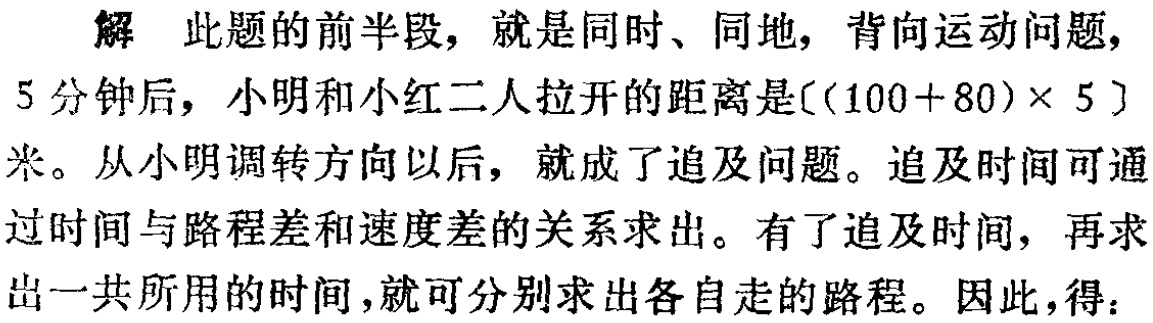
解 此题的前半段，就是同时、同地，背向运动问题，

5 分钟后，小明和小红二人拉开的距离是\(((100 + 80)\times 5)\)

米。从小明调转方向以后，就成了追及问题。追及时间可通

过时间与路程差和速度差的关系求出。有了追及时间，再求

出一共所用的时间，就可分别求出各自走的路程。因此，得：